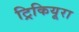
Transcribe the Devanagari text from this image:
ट्रिकियूरा